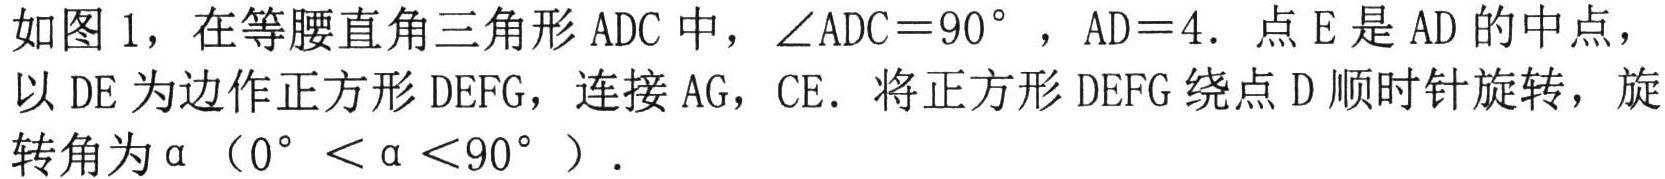
如图1，在等腰直角三角形\(ADC\)中，\(\angle ADC = 90^{\circ}\)，\(AD = 4\). 点\(E\)是\(AD\)的中点，以\(DE\)为边作正方形\(DEFG\)，连接\(AG\)，\(CE\). 将正方形\(DEFG\)绕点\(D\)顺时针旋转，旋转角为\(\alpha\)（\(0^{\circ}<\alpha<90^{\circ}\)）.